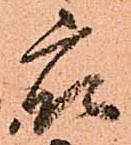
衆